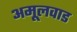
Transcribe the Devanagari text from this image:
अमूलवाड